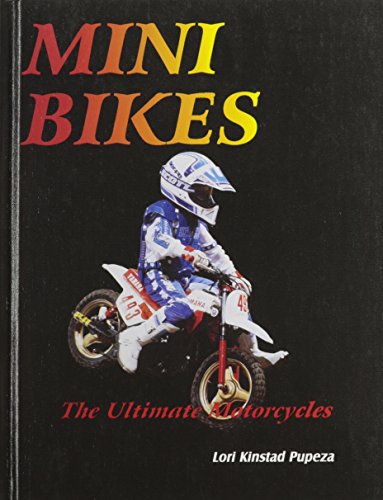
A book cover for Mini Bikes (Ultimate Motorcycle Series); Lori K. Pupeza; Children's Books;